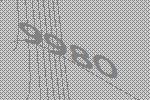
9980